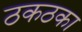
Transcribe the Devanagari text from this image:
ठकठका